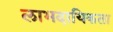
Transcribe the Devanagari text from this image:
लाभदायिकता